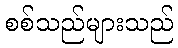
စစ်သည်များသည်